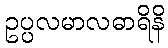
ဥပ္ပလမာလဓာရိနိ